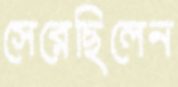
সেরেছিলেন